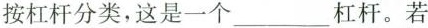
按杠杆分类，这是一个___杠杆。若